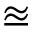
\approxeq